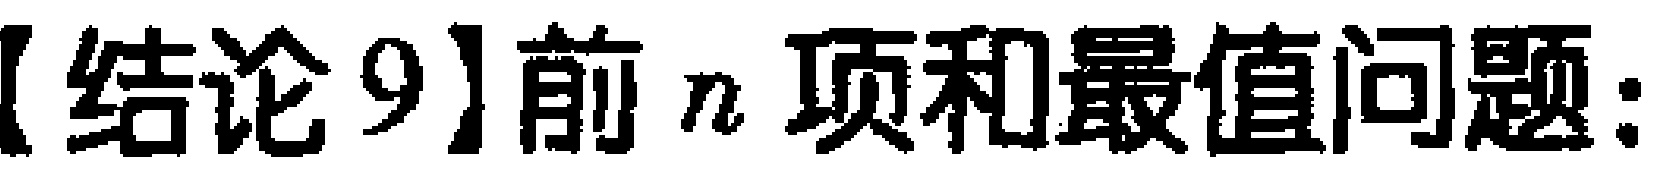
【结论9】前\(n\)项和最值问题：